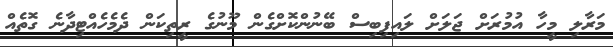
މަރާލި މީހާ އުމުރަށް ޖަލަށް ލައިފިބިސް ބޭނުންކޮށްގެން މޫނުގެ ރީތިކަން ދެމެހެއްޓިދާނެ ގޮތެއް